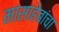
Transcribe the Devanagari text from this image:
मासाहेबांचा